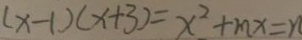
( x - 1 ) ( x + 3 ) = x ^ { 2 } + m x = n